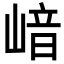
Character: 𡺈